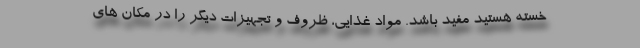
خسته هستید مفید باشد. مواد غذایی، ظروف و تجهیزات دیگر را در مکان های